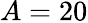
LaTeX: A=20